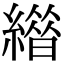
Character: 𦅊